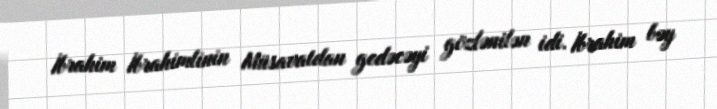
İbrahim İbrahimlinin Müsavatdan gedəcəyi gözlənilən idi. İbrahim bəy